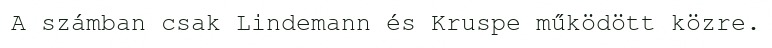
A számban csak Lindemann és Kruspe működött közre.